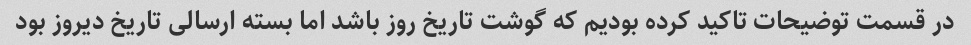
در قسمت توضیحات تاکید کرده بودیم که گوشت تاریخ روز باشد اما بسته ارسالی تاریخ دیروز بود